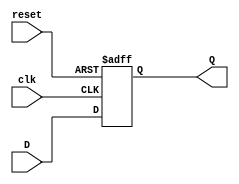
module D_trigger1(clk,reset,D,Q);
input clk,reset;
input  D;
output reg  Q;

always@(posedge clk or negedge reset) begin
  if(~reset) begin
    Q <= 1'b0;
  end
  else begin 
    Q <= D;
  end
end

endmodule